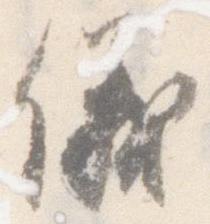
儀